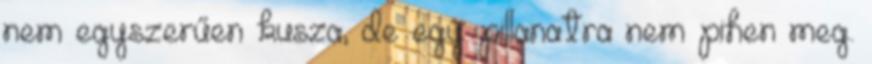
nem egyszerűen kusza, de egy pillanatra nem pihen meg.